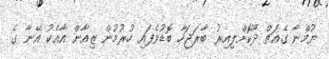
ޔުމްނާ ގެއަތް ދޫކޮށްލިއިރު ބާރަޖަހާ ބޮޑުވެފައި ހުރުމުން ޒިއާން އާއެކު އޭނާ ގެ